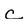
Character: c